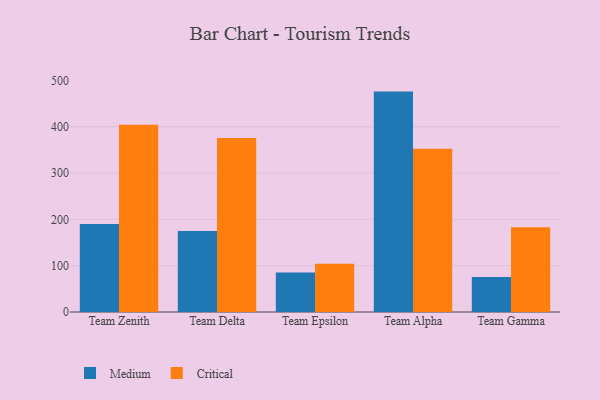
{"axis": {"x": "Team", "y": "Conversion Rate (%)"}, "legend": ["Critical", "Medium"], "data": [{"x": "Team Zenith", "y": 190.1, "type": "Medium"}, {"x": "Team Zenith", "y": 404.3, "type": "Critical"}, {"x": "Team Delta", "y": 174.8, "type": "Medium"}, {"x": "Team Delta", "y": 375.5, "type": "Critical"}, {"x": "Team Epsilon", "y": 85.5, "type": "Medium"}, {"x": "Team Epsilon", "y": 104.1, "type": "Critical"}, {"x": "Team Alpha", "y": 475.7, "type": "Medium"}, {"x": "Team Alpha", "y": 352.5, "type": "Critical"}, {"x": "Team Gamma", "y": 75.5, "type": "Medium"}, {"x": "Team Gamma", "y": 182.9, "type": "Critical"}]}